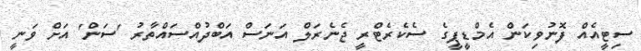
ސިޓީއެއް ފޮނުވިކަން އެމްޑީޕީގެ ސެކެރެޓްރީ ޖެނެރަލް އަނަސް އަބްދުއްސައްތާރު 'ސަން' އަށް ވަނީ